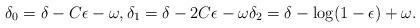
LaTeX: \begin{align*}\delta_0= \delta - C\epsilon - \omega,\delta_1 = \delta - 2C\epsilon - \omega \delta_2 =\delta - \log(1-\epsilon) + \omega.\end{align*}